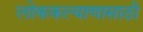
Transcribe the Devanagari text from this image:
लोककल्याणासाठी